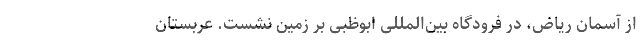
از آسمان ریاض، در فرودگاه بین‌المللی ابوظبی بر زمین نشست. عربستان